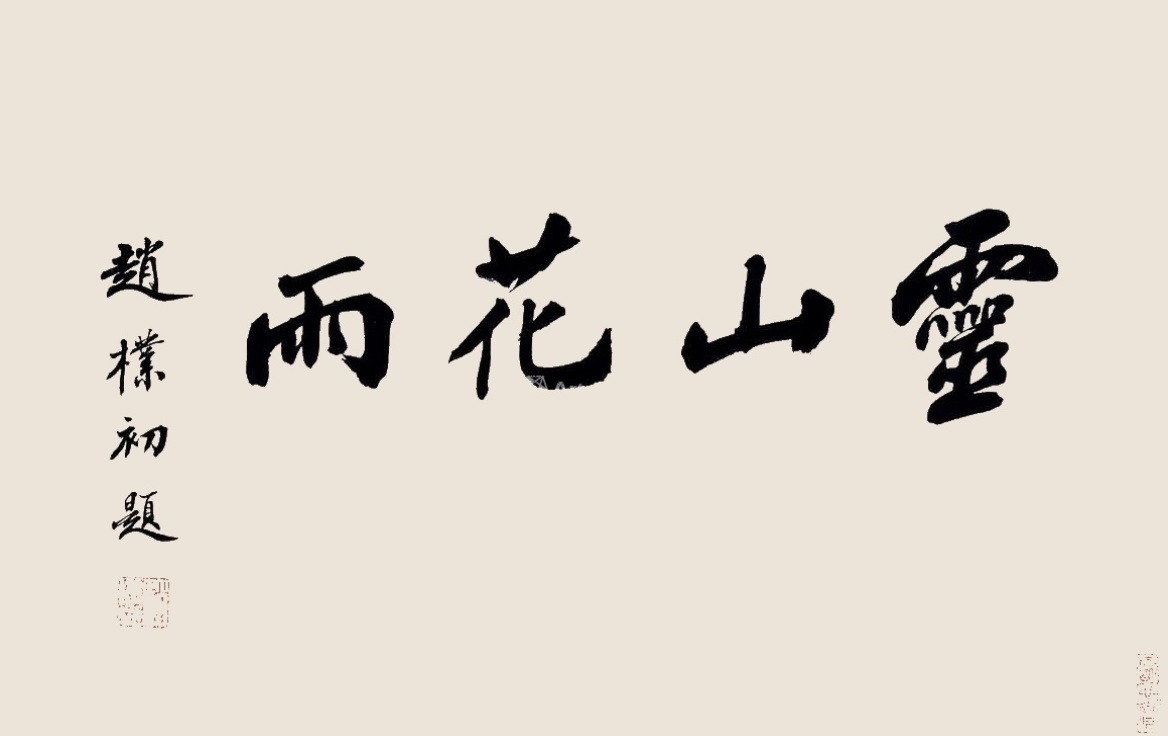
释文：灵山花雨。赵朴初题。